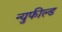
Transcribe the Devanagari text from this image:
न्युफील्ड